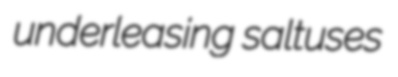
underleasing saltuses